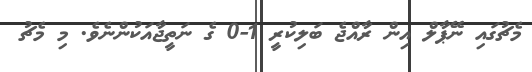
މެޗުގައި ނޭޕާލް އިން ރާއްޖެ ބަލިކުރީ 1-0 ގެ ނަތީޖާއަކުންނެވެ. މި މެޗު